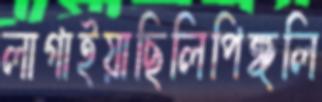
লাগাইয়াছিলিপিঙ্গলি